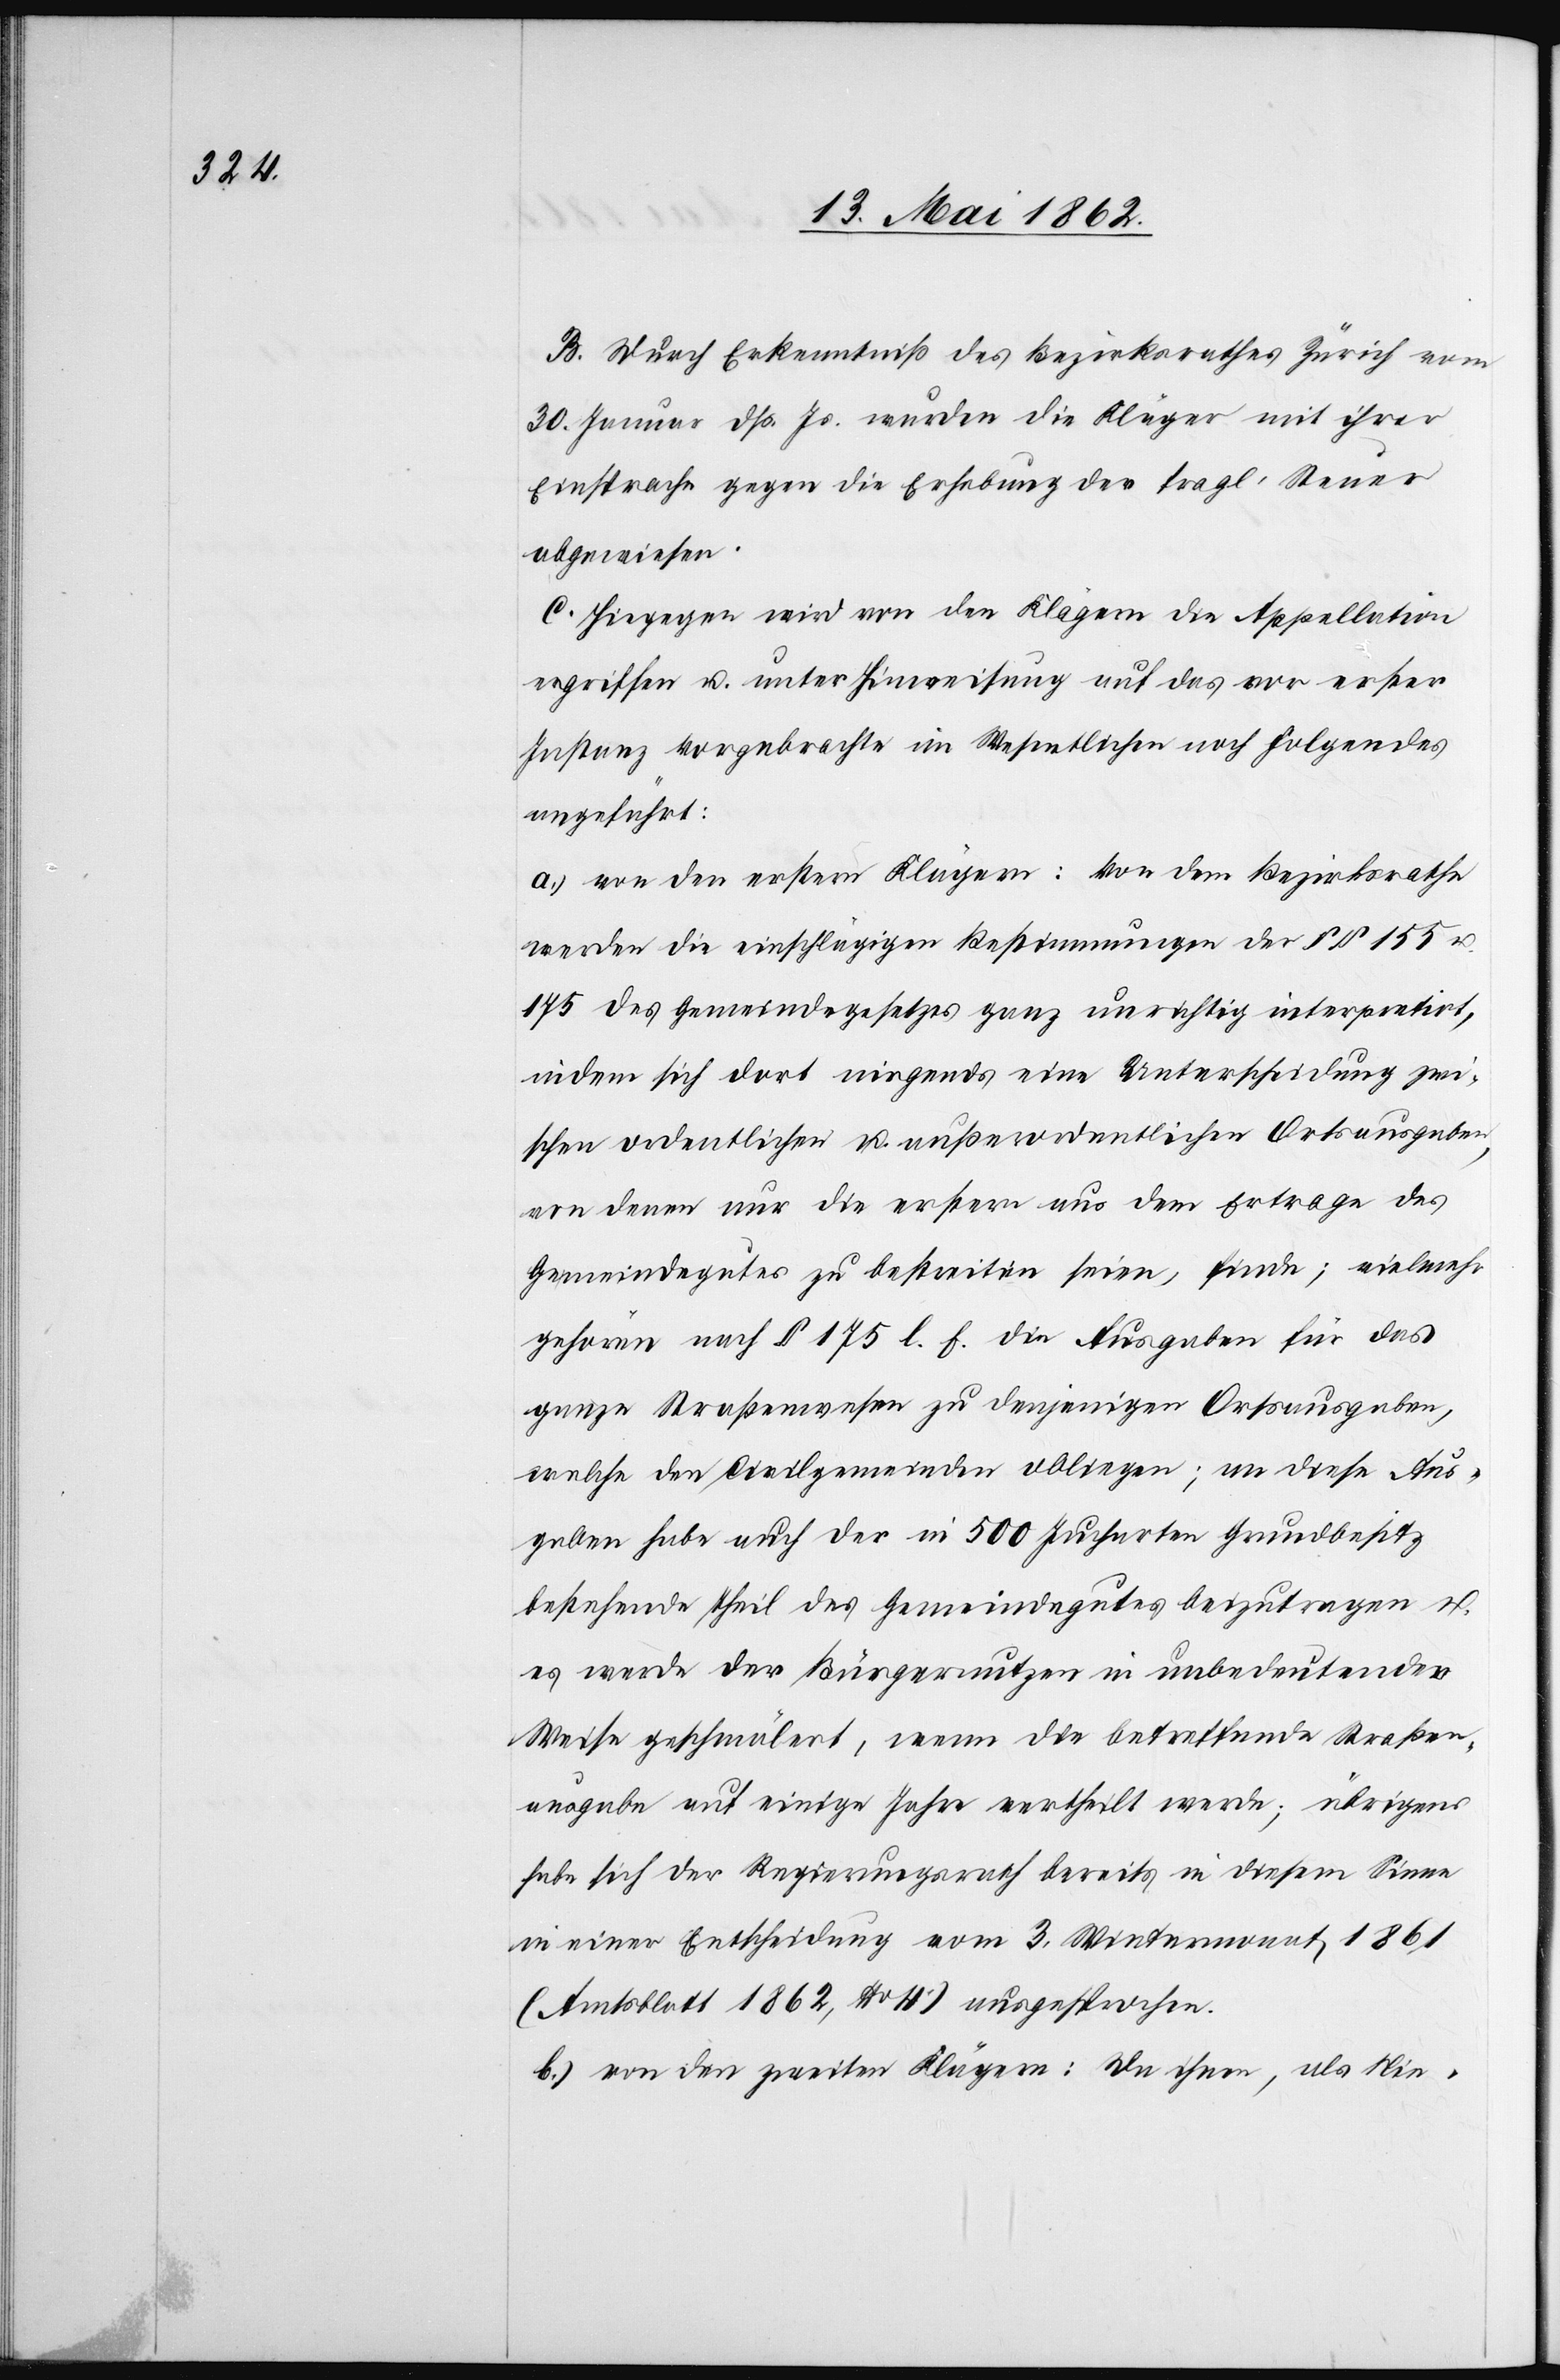
B. Durch Erkenntniß des Bezirksrathes Zürich vom
30. Januar dß. Js. wurden die Kläger mit ihrer
Einsprache gegen die Erhebung der fragl. Steuer
abgewiesen.
C. Hiegegen wird von den Klägern die Appellation
ergriffen u. unter Hinweisung auf das vor erster
Instanz Vorgebrachte im Wesentlichen noch folgendes
angeführt:
a) von den erstern Klägern: Von dem Bezirksrathe
werden die einschlägigen Bestimmungen der §§ 155 u.
175 des Gemeindegesetzes ganz unrichtig interpretirt,
indem sich dort nirgends eine Unterscheidung zwi¬
schen ordentlichen u. außerordentlichen Ortsangaben,
von denen nur erstere aus dem Ertrage des
Gemeindegutes zu bestreiten seien, finde; vielmehr
gehören nach § 175 l. f. die Ausgaben für das
ganze Straßenwesen zu denjenigen Ortsausgaben,
welche den Civilgemeinden obliegen; an diese Aus¬
gaben habe auch der in 500 Jucharten Grundbesitz
bestehende Theil des Gemeindegutes beizutragen u.
es werde der Bürgernutzen in unbedeutender
Weise geschmälert, wenn die betreffende Straßen¬
ausgabe auf einige Jahre vertheilt werde; übrigens
habe sich der Regierungsrath bereits in diesem Sinne
in einer Entscheidung vom 3. Wintermonat 1861
(Amtsblatt 1862, No. 4) ausgesprochen.
b) von den zweiten Klägern: da ihnen, als Nie-